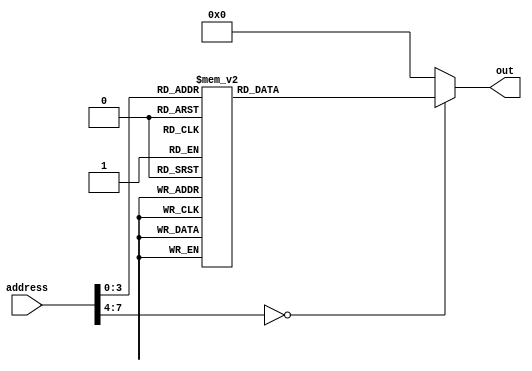
module rom(out, address);
  output reg [15:0] out;
  input  [7:0] address; // address- 8 deep memory  
  always @(address) //* begin // @(a)
  begin
     case (address)
 8'h00:  out = 16'b1111100000000000; // LRI R7, 0
        8'h01:  out = 16'b1100100000000001; // LRI R1, 1
        8'h02:  out = 16'b1101000000000010; // LRI R2, 2
        8'h03:  out = 16'b1101100000000011; // LRI R3, 3
        8'h04:  out = 16'b1110000000000100; // LRI R4, 4
        8'h05:  out = 16'b1110100000000101; // LRI R5, 5
        8'h06:  out = 16'b1111000000000110; // LRI R6, 6
        8'h07:  out = 16'b1100000000000111; // LRI R0, 7
        8'h08:  out = 16'b0010100100001000; // ORI R1, 8 (R1 should be 9)
        8'h09:  out = 16'b0110100010011100; // ADD R2, R3, R4 (R2 should be 7)
        8'h0A:  out = 16'b0111000011011001; // SHL R3, R3 (R3 should be 6) **NOTE** EDITED [2:0] SHFTAMT.
        8'h0B:  out = 16'b1010100101000001; // ST R1, 65
        8'h0C:  out = 16'b1011100100000011; // BRN R1, 3 (should be false and continue to next instruction)
        8'h0D:  out = 16'b0110110001010001; // SUB R1, R2, R1 (R1 should be -2)
        8'h0E:  out = 16'b1010010001000001; // LD R4, 65 (R4 should be 9)
        8'h0F:  out = 16'b1011100100000000; // BRN R1, -15 (should be true and branch to 0 (15-15) which will restart the sequence)
        // ... more instructions here
        //8'hFF:  out = 16'b1001100000000000; // JMPI, 0
        default: out =16'b0000000000000000; // NOP
     endcase
  end
endmodule // rom_case